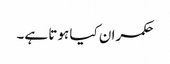
حکمران کیا ہوتا ہے۔